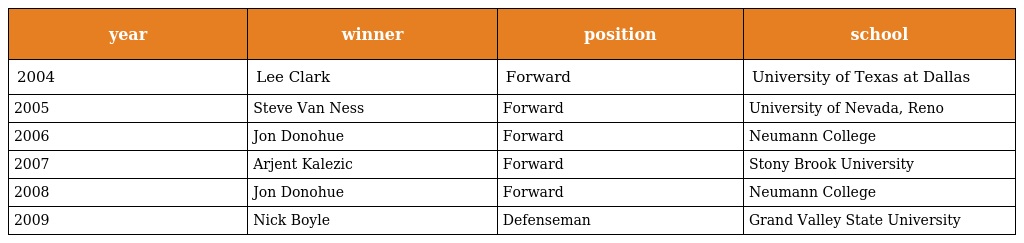
| year | winner | position | school |
 | --- | --- | --- | --- |
 | 2004 | Lee Clark | Forward | University of Texas at Dallas |
 | 2005 | Steve Van Ness | Forward | University of Nevada, Reno |
 | 2006 | Jon Donohue | Forward | Neumann College |
 | 2007 | Arjent Kalezic | Forward | Stony Brook University |
 | 2008 | Jon Donohue | Forward | Neumann College |
 | 2009 | Nick Boyle | Defenseman | Grand Valley State University |